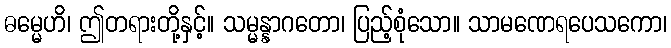
ဓမ္မေဟိ၊ ဤတရားတို့နှင့်။ သမ္မန္နာဂတော၊ ပြည့်စုံသော။ သာမဏေရပေသကော၊